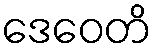
ဒေဝေတိ